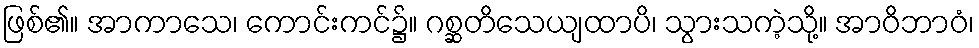
ဖြစ်၏။ အာကာသေ၊ ကောင်းကင်၌။ ဂစ္ဆတိသေယျထာပိ၊ သွားသကဲ့သို့။ အာဝိဘာဝံ၊